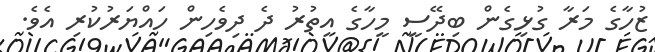
ޒުހާގެ މަރާ ގުޅިގެން ބިދޭސީ މީހާގެ އިތުރު ދެ ދިވެހިން ހައްޔަރުކުރި އެވެ.